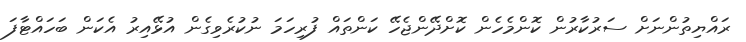
ރައްޔިތުންނަށް ސަރުކާރުން ކޮންމެހެން ކޮށްދޭންޖެހޭ ކަންތައް ފުރިހަމަ ނުކުރެވިގެން އުޅޭއިރު އެކަން ބަހައްޓާފަ